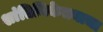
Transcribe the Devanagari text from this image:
शांतिनिकेतनाचा